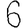
Digit: 6